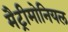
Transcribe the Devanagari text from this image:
मैट्रीमोनियल